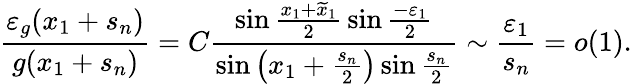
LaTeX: \frac{\varepsilon_{g}(x_{1}+s_{n})}{g(x_{1}+s_{n})}=C\frac{\sin{\frac{x_{1}+\widetilde{x}_{1}}{2}}\sin{\frac{-\varepsilon_{1}}{2}}}{\sin{\left(x_{1}+\frac{s_{n}}{2}\right)}\sin{\frac{s_{n}}{2}}}\sim\frac{\varepsilon_{1}}{s_{n}}=o(1).